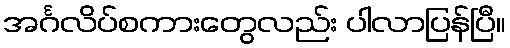
အင်္ဂလိပ်စကားတွေလည်း ပါလာပြန်ပြီ။